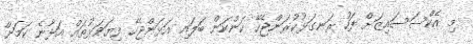
މި އެކްސަސައިޒަށް ފަހު ރަނގަޅުކުރަންޖެހޭ ކަންކަން ބަލައި އަޅަންޖެހޭ ފިޔަވަޅުތައް އަޅާނެ ކަމަށް